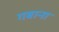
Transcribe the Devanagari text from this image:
गबाना